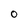
Character: O